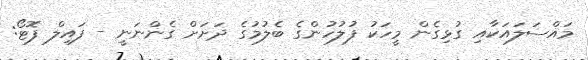
މައްސަލައަކާއި ގުޅިގެން މީހަކު ފުލުހުންގެ ބެލުމުގެ ދަށަށް ގެންނަނީ - ފައިލް ފޮޓޯ: